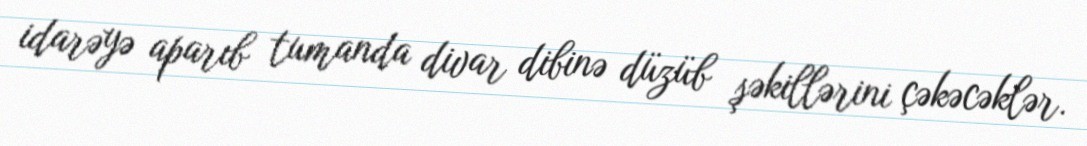
idarəyə aparıb tumanda divar dibinə düzüb şəkillərini çəkəcəklər.